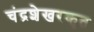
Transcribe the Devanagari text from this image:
चंद्रशेखरकृत